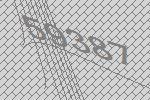
59387